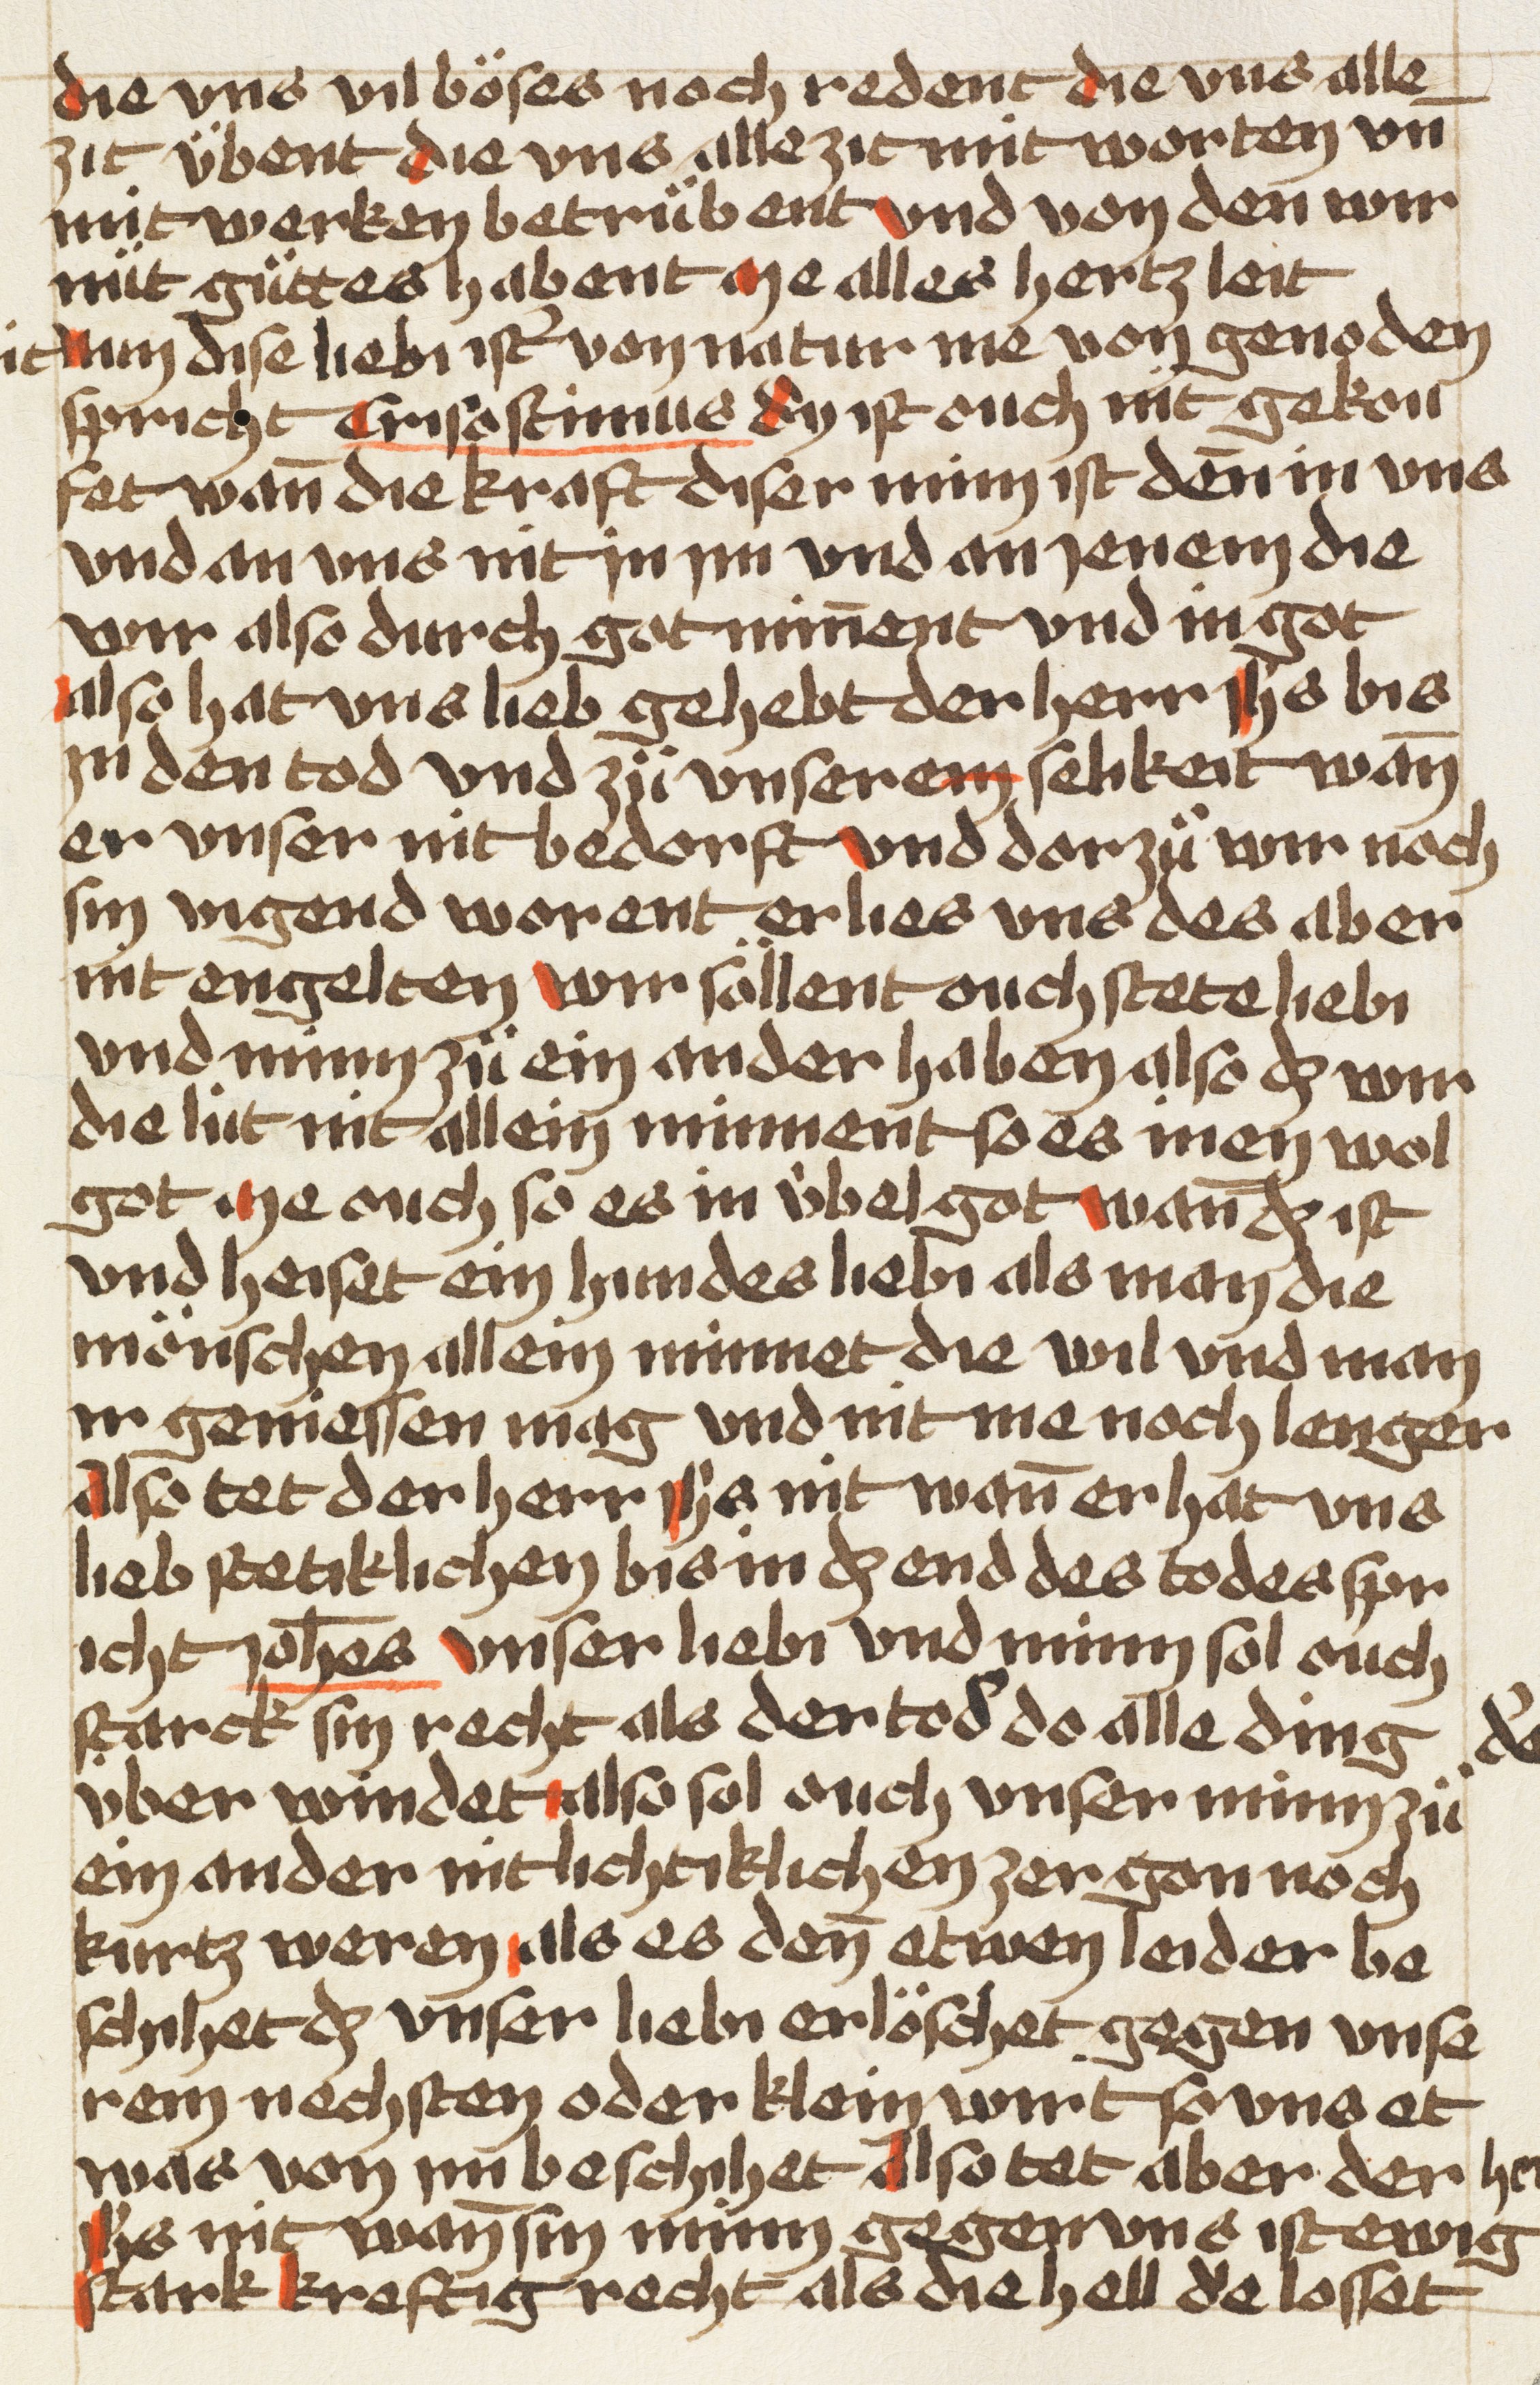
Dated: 1470–1480